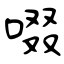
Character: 啜